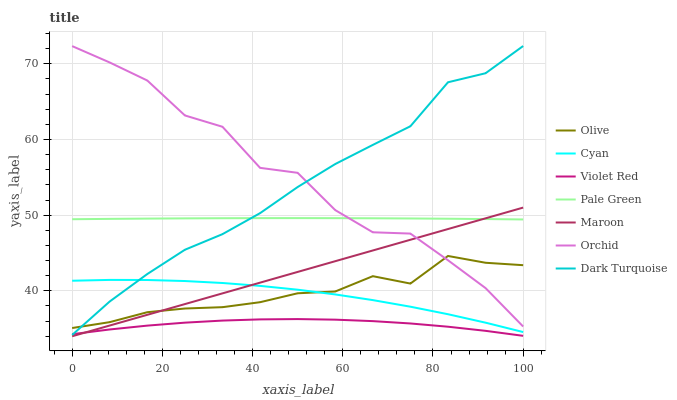
| xaxis_label | Olive | Cyan | Violet Red | Pale Green | Maroon | Orchid | Dark Turquoise |
 | --- | --- | --- | --- | --- | --- | --- | --- |
 | 0 | 35.1 | 41.3 | 34.3 | 49.5 | 34 | 72.3 | 34.2 |
 | 8.33 | 35.9 | 41.4 | 34.9 | 49.5 | 35.4 | 70.2 | 38.6 |
 | 16.7 | 37.2 | 41.4 | 35.4 | 49.5 | 36.8 | 67.8 | 42.2 |
 | 25 | 37.7 | 41.3 | 35.8 | 49.6 | 38.3 | 63.2 | 45.4 |
 | 33.3 | 37.8 | 41 | 36.1 | 49.6 | 39.7 | 61.7 | 47.5 |
 | 41.7 | 38.5 | 40.7 | 36.2 | 49.6 | 41.1 | 56.3 | 50.3 |
 | 50 | 39.7 | 40.2 | 36.3 | 49.6 | 42.5 | 55.6 | 53.7 |
 | 58.3 | 39.9 | 39.5 | 36.2 | 49.6 | 43.9 | 50.7 | 56.8 |
 | 66.7 | 41.9 | 38.8 | 36 | 49.6 | 45.3 | 47.7 | 59.3 |
 | 75 | 41 | 37.9 | 35.7 | 49.6 | 46.8 | 47.6 | 61.8 |
 | 83.3 | 44.6 | 36.9 | 35.3 | 49.5 | 48.2 | 44 | 67.6 |
 | 91.7 | 43.7 | 35.8 | 34.7 | 49.5 | 49.6 | 40.4 | 68.8 |
 | 100 | 43.4 | 34.6 | 34.1 | 49.4 | 51 | 35.3 | 72.4 |